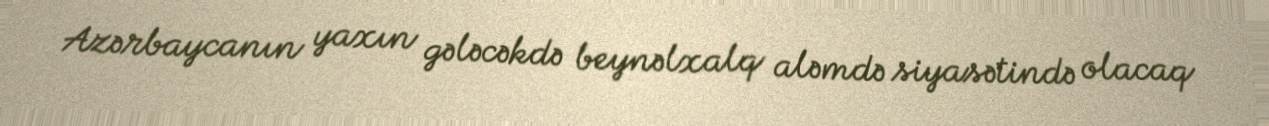
Azərbaycanın yaxın gələcəkdə beynəlxalq aləmdə siyasətində olacaq